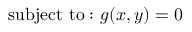
{ \mathrm { s u b j e c t ~ t o : } } \ g ( x , y ) = 0